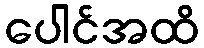
ပေါင်အထိ